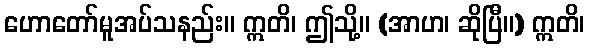
ဟောတော်မူအပ်သနည်း။ ဣတိ၊ ဤသို့။ (အာဟ၊ ဆိုပြီ။) ဣတိ၊